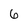
Character: 6